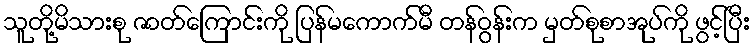
သူတို့မိသားစု ဇာတ်ကြောင်းကို ပြန်မကောက်မီ တန်ဝွန်းက မှတ်စုစာအုပ်ကို ဖွင့်ပြီး